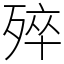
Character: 𣨛